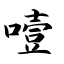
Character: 噎